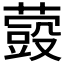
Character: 𮑬